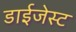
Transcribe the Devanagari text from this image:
डाईजेस्ट